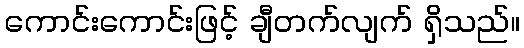
ကောင်းကောင်းဖြင့် ချီတက်လျက် ရှိသည်။